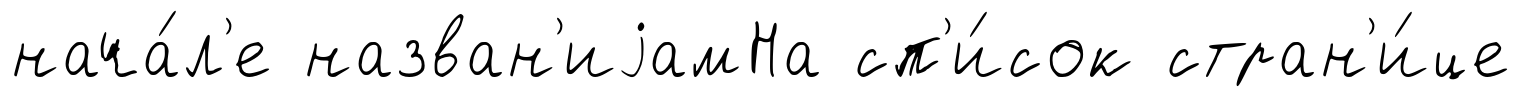
нача́л'е назван'иjамНа сп'и́сок стран'и́це